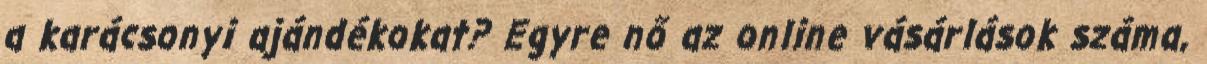
a karácsonyi ajándékokat? Egyre nő az online vásárlások száma,